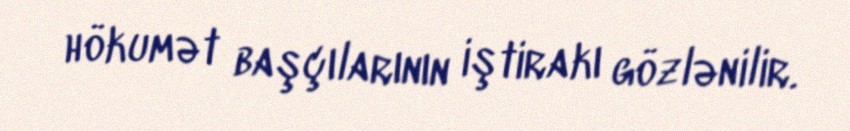
hökumət başçılarının iştirakı gözlənilir.